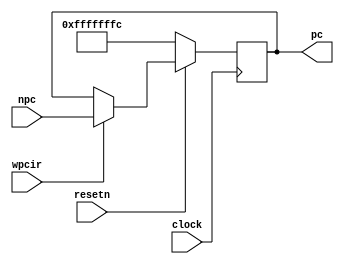
module pipepc(npc,wpcir,clock,resetn,pc);

	input  	[31:0] 	npc;
	input 			wpcir;
	input         	clock, resetn;

    output 	[31:0] 	pc;

    reg 	[31:0] 	pc;


    always @ (posedge clock)
    	if (~resetn)
		begin
    		pc <= -4;		// reset signal <pc>
    	end
		else 
			if (wpcir)
			begin
	        	pc <= npc;  // update signal <pc> by the next instrution
	      	end

endmodule